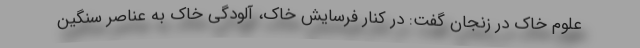
علوم خاک در زنجان گفت: در کنار فرسایش خاک، آلودگی خاک به عناصر سنگین